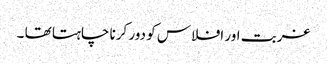
غربت اور افلاس کو دور کرنا چاہتا تھا ۔